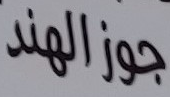
جوزالهند